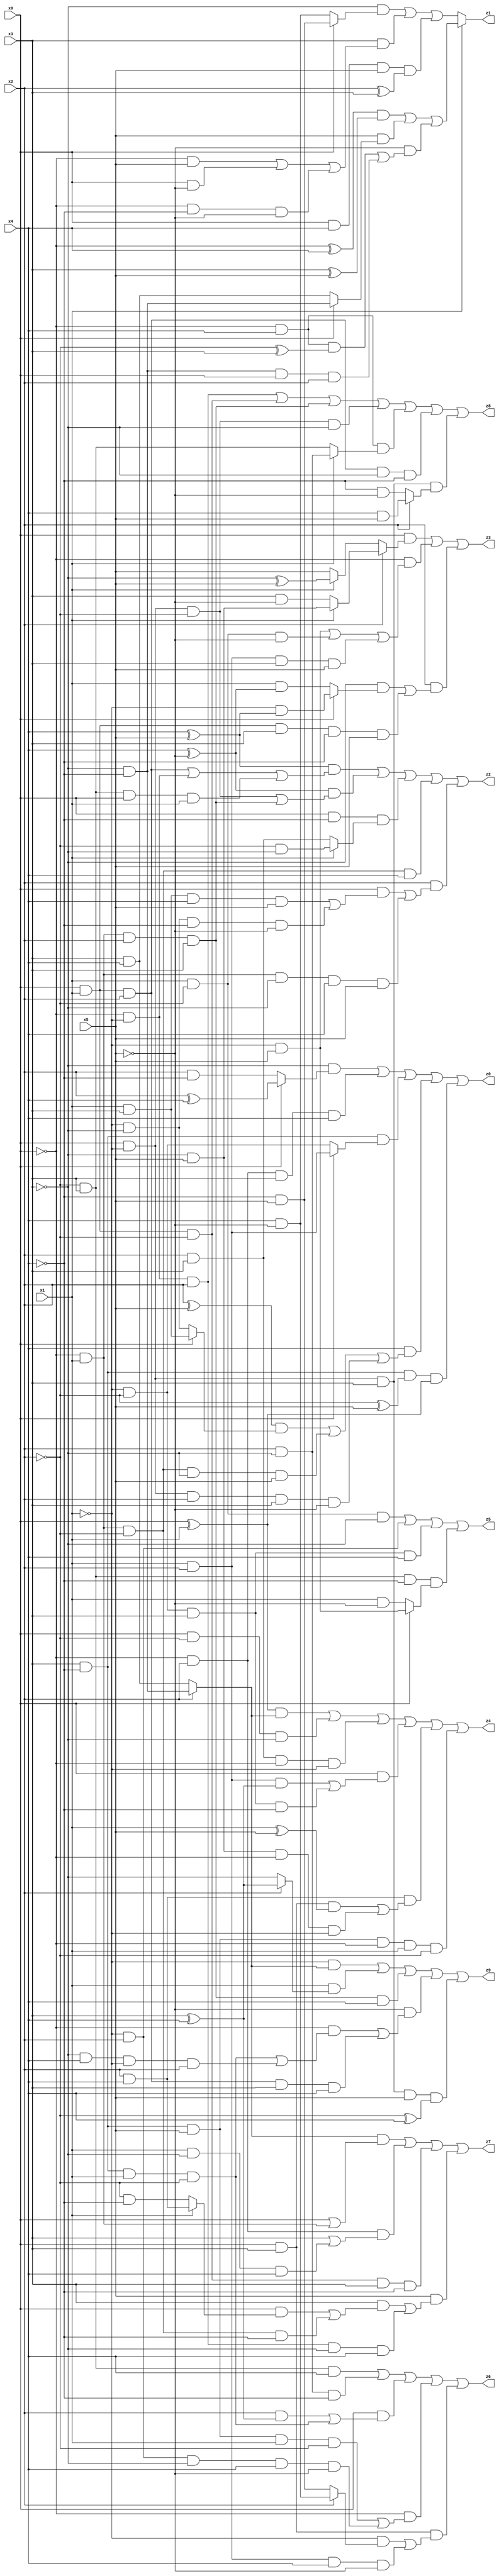
// Benchmark "X_21" written by ABC on Mon Jun 05 18:10:26 2023

module X_21 ( 
    x0, x1, x2, x3, x4, x5,
    z0, z1, z2, z3, z4, z5, z6, z7, z8, z9  );
  input  x0, x1, x2, x3, x4, x5;
  output z0, z1, z2, z3, z4, z5, z6, z7, z8, z9;
  assign z0 = (~x3 & (x0 ? (x2 ^ x4) : (x2 & ~x4))) | (~x0 & x2 & x3 & x4) | (x3 & ~x4 & (x0 ? (x1 & x2) : (~x1 & ~x2))) | (x4 & (((x2 ^ x5) & (x0 ? (x1 & x3) : (~x1 & ~x3))) | (~x0 & x1 & ~x2 & ~x3 & x5) | (x0 & ~x1 & x2 & x3 & ~x5))) | (x3 & ~x4 & (~x2 ^ x5) & (x0 ^ x1));
  assign z1 = x1 ? (((~x0 ^ x4) & (x3 ^ x5)) | (x5 & (x0 ? (~x3 & ~x4) : (x3 & x4))) | (~x5 & ((~x0 & x4 & (~x2 ^ x3)) | (~x3 & ~x4 & x0 & x2)))) : ((~x3 & (x0 ? (~x4 & x5) : (x4 & ~x5))) | (x3 & ((~x0 & x5) | (x0 & ~x5) | (~x0 & ~x4 & ~x5))) | (x0 & x4 & x5 & (x2 ^ x3)));
  assign z2 = ((x4 ^ x5) & ((x0 & x1 & x2) | (~x0 & ~x1) | (~x2 & x3 & x0 & x1))) | ((x4 ^ ~x5) & ((x0 & ~x1 & ~x2) | (~x0 & x1 & x2 & x3))) | (x0 & ~x4 & (x1 ? (~x2 & ~x3) : (x2 & x3))) | (~x0 & x1 & ~x2 & x4) | (x2 & ((x0 & ((x1 & x3 & x4 & x5) | (~x1 & ~x3 & ~x4 & ~x5))) | (~x0 & x1 & ~x3 & x4 & x5)));
  assign z3 = (x0 & (x2 ? (x1 ? (~x3 & x5) : (x3 & ~x5)) : (x1 ? (~x3 ^ x5) : x5))) | (~x0 & ((~x1 & x5) | (x1 & ~x2 & ~x5) | (x1 & x2 & x3 & x5))) | (x2 & ((~x3 & (x0 ? (~x1 & (x4 ^ x5)) : (x1 & (x4 ^ ~x5)))) | (x0 & x1 & x3 & ~x4 & x5)));
  assign z4 = ((x0 ^ x1) & (x2 ? (~x3 & ~x4) : (x3 & x4))) | (x0 & ~x2 & ~x3) | (x2 & x3 & ~x0 & ~x1) | (x0 & ((x1 & x2 & (x3 ^ x4)) | (~x1 & ~x2 & x3 & ~x4))) | (x2 & x4 & ((x0 & x3 & (x1 ^ x5)) | (~x3 & x5 & ~x0 & ~x1))) | (x3 & ~x4 & x5 & ~x0 & x1 & ~x2);
  assign z5 = (x1 & ~x2 & ~x3) | (~x1 & x2) | (~x1 & ~x2 & x3 & x4) | (~x2 & x3 & ~x4 & (x0 ? (~x1 & x5) : (x1 & ~x5)));
  assign z6 = (~x2 & x3 & x4) | (x2 & ~x3 & ~x4) | (x0 & ((x2 & (x3 ^ x4)) | (x3 & ~x4 & x1 & ~x2))) | (~x0 & ((x3 & ~x4 & x5 & x1 & ~x2) | (~x1 & x2 & ~x3 & x4 & ~x5))) | (x0 & x3 & ((~x1 & (x2 ? (x4 & ~x5) : (~x4 & x5))) | (x1 & x2 & x4 & ~x5)));
  assign z7 = ((x2 ? (~x3 & ~x4) : (x3 & x4)) & (x0 | (~x0 & x1))) | (~x0 & x2 & (x3 | (x1 & ~x3 & x4))) | (x0 & x1 & ~x2 & x3 & ~x4) | (x5 & ((x3 & ((x0 & (x1 ? (x2 & x4) : (~x2 & ~x4))) | (~x0 & x1 & ~x2 & ~x4))) | (~x0 & ~x1 & x2 & ~x3 & x4)));
  assign z8 = (~x0 & ~x1 & x2) | (x0 & x1 & ~x2) | (~x0 & x1 & x2 & x3) | (x0 & ~x1 & ~x2 & ~x3) | (~x0 & x4 & (x1 ? (x2 & ~x3) : (~x2 & x3))) | (x0 & x1 & x2 & ~x3 & ~x4) | (x0 & ~x1 & x3 & (x2 ? (x4 & x5) : (~x4 & ~x5)));
  assign z9 = (~x1 & (x2 ? (~x3 & ~x4) : (x3 & x4))) | (x1 & (x2 ? (x3 ^ x4) : ~x3)) | (~x0 & x1 & x2 & x3 & x4) | (~x5 & ((~x0 & ((x3 & ~x4 & x1 & ~x2) | (~x3 & x4 & ~x1 & x2))) | (x0 & x1 & x2 & x3 & x4))) | (x0 & ~x1 & x3 & x5 & (~x2 ^ x4));
endmodule